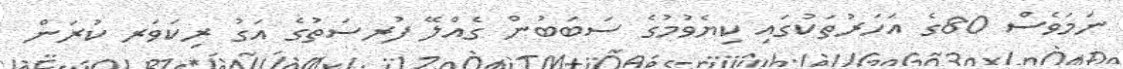
ނަމަވެސް 80ގެ އަހަރުތަކުގައި ކިޔެވުމުގެ ސަބަބުން ގެއްލޭ ފުރސަތުގެ އަގު ރިކަވަރ ކުރަން